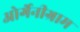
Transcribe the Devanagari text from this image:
ओर्गेनीग्राम